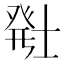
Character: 𬐂